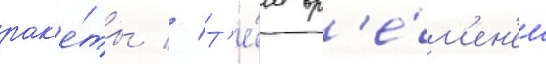
рак'е́ты // Т'е́м вр'е́м'ен'ем